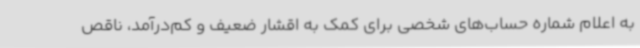
به اعلام شماره حساب‌های شخصی برای کمک به اقشار ضعیف و کم‌درآمد، ناقص